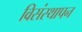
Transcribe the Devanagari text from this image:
विसंस्थापन